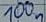
Text: 100n